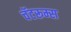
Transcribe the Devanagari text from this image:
चॅटरूम्स